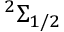
^ 2 \Sigma _ { 1 / 2 }